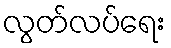
လွတ်လပ်ရေး